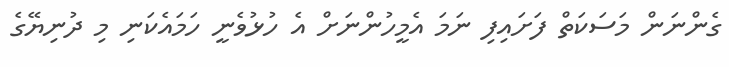
ގެންނަން މަސަކަތް ފަށައިފި ނަމަ އެމީހުންނަށް އެ ހުޅުވެނީ ހަމައެކަނި މި ދުނިޔޭގެ